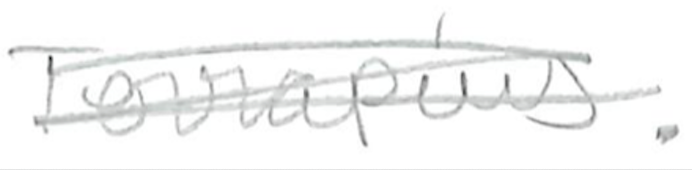
Text: Terrapins.
Cross-out: scratch
Writing tool: pencil